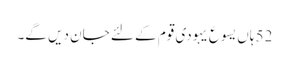
52 ہاں یسوع یہودی قوم کے لئے جان دیں گے۔